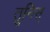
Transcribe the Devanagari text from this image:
तूनिस्